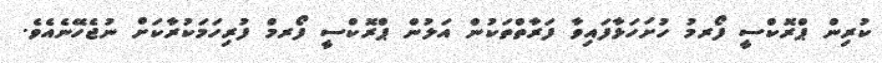
ކުރިން ޕްރޮކްސީ ފޯރމު ހުށަހަޅާފައިވާ ފަރާތްތަކުން އަލުން ޕްރޮކްސީ ފޯރމް ފުރިހަމަކުރާކަށް ނުޖެހޭނެއެވެ.